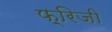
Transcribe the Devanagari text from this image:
फ़्रिजी